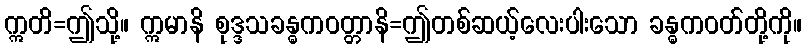
ဣတိ=ဤသို့။ ဣမာနိ စုဒ္ဒသခန္ဓကဝတ္တာနိ=ဤတစ်ဆယ့်လေးပါးသော ခန္ဓကဝတ်တို့ကို။